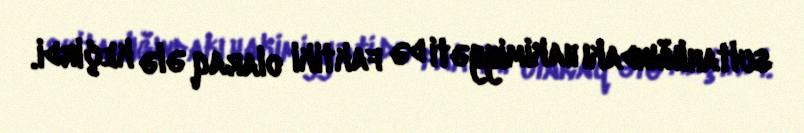
sultanlığındakı hakimiyyəti də faktiki olaraq ələ keçirdi.